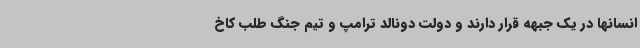
انسانها در یک جبهه قرار دارند و دولت دونالد ترامپ و تیم جنگ طلب کاخ